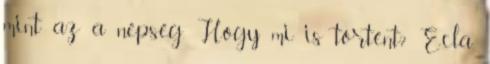
mint az a népség. Hogy mi is történt? Ecla